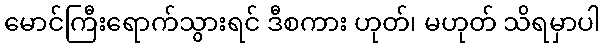
မောင်ကြီးရောက်သွားရင် ဒီစကား ဟုတ်၊ မဟုတ် သိရမှာပါ